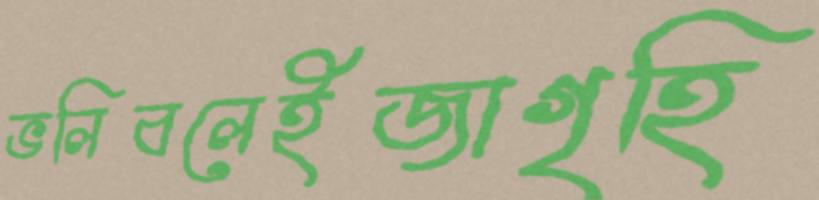
ভলিবলেইজাগৃহি